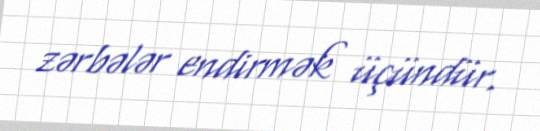
zərbələr endirmək üçündür.